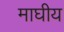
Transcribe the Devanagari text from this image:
माघीय